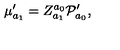
\mu _ { a _ { 1 } } ^ { \prime } = Z _ { a _ { 1 } } ^ { a _ { 0 } } { \cal P } _ { a _ { 0 } } ^ { \prime } ,